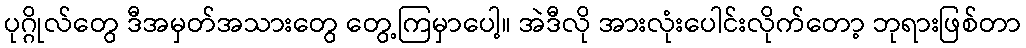
ပုဂ္ဂိုလ်တွေ ဒီအမှတ်အသားတွေ တွေ့ကြမှာပေါ့။ အဲဒီလို အားလုံးပေါင်းလိုက်တော့ ဘုရားဖြစ်တာ